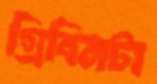
গ্রিবিনটা